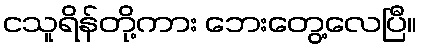
ငသူရိန်တို့ကား ဘေးတွေ့လေပြီ။